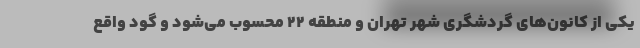
یکی از کانون‌های گردشگری شهر تهران و منطقه ۲۲ محسوب می‌شود و گود واقع